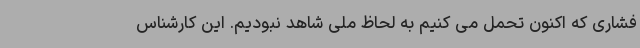
فشاری که اکنون تحمل می کنیم به لحاظ ملی شاهد نبودیم. این کارشناس